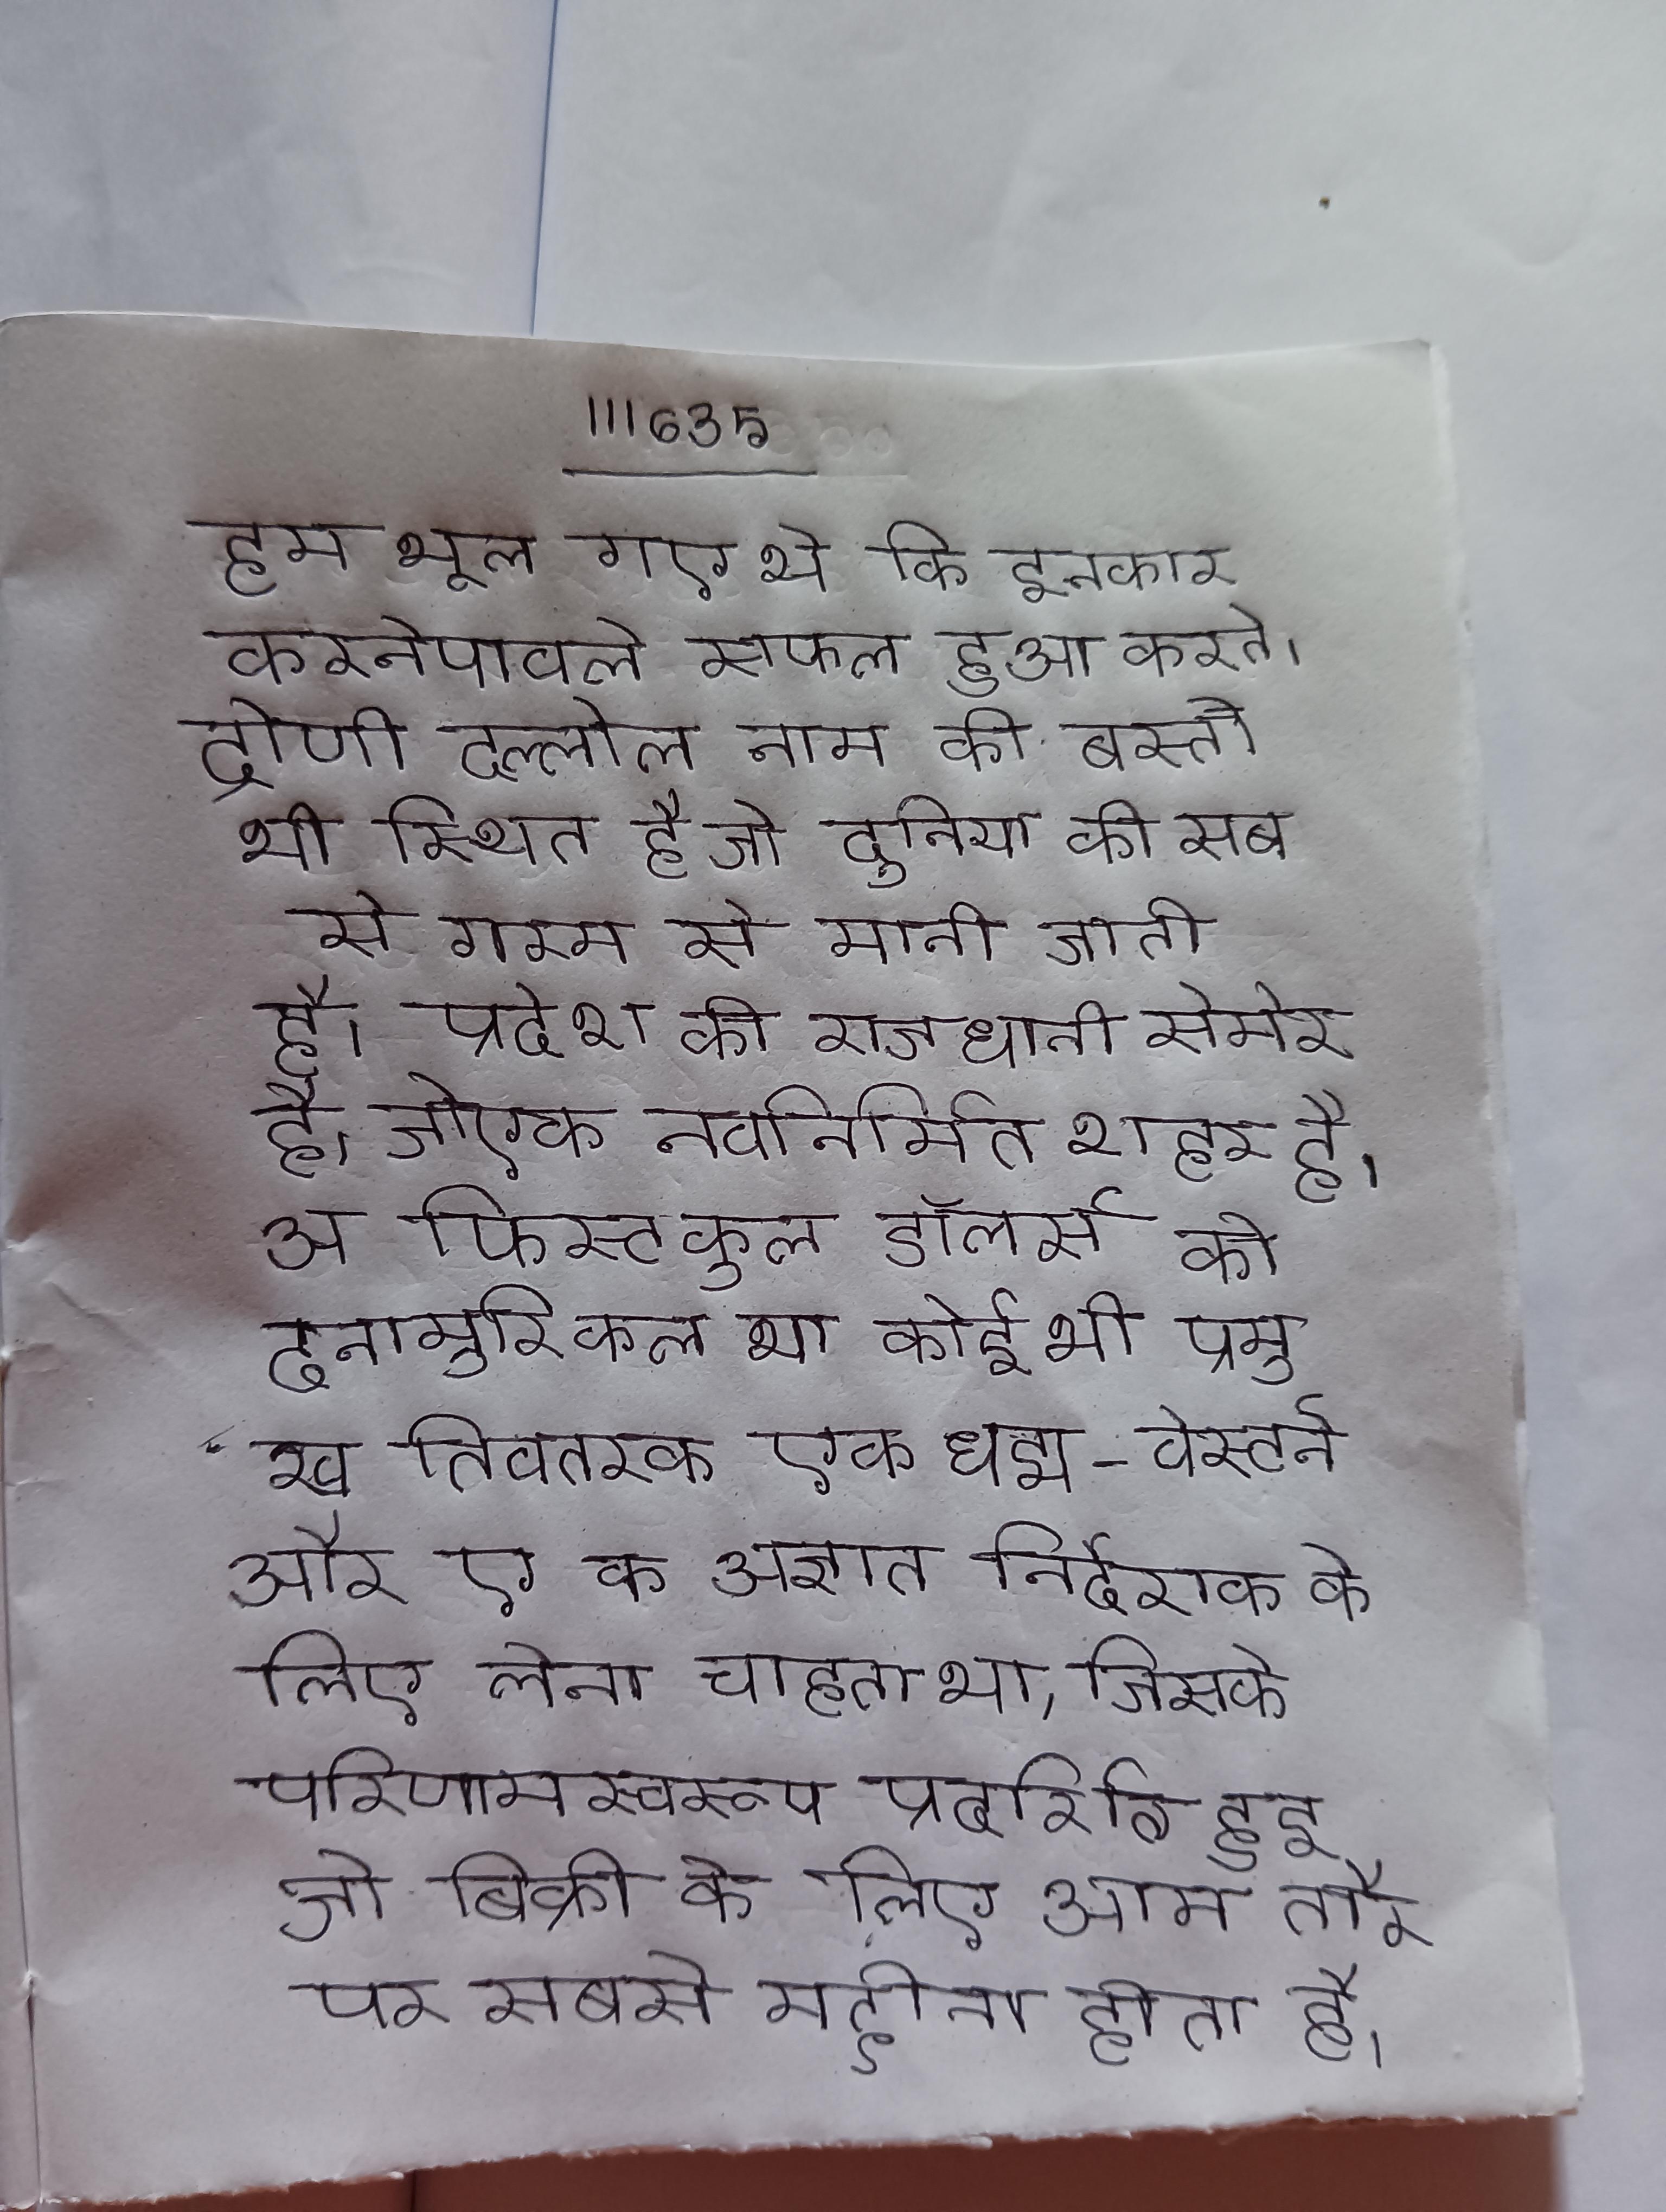
हम भूल गए थे कि इनकार करनेवाले सफल हुआ करते।" द्रोणी दल्लोल नाम की बस्ती भी स्थित है जो दुनिया की सब से गरम से मानी जाती है । प्रदेश की राजधानी सेमेरा है, जो एक नवनिर्मित शहर है । अ फिस्टफुल डॉलर्स को देना मुश्किल था कोई भी प्रमुख वितरक एक छद्म-वेस्टर्न और एक अज्ञात निर्देशक के लिए लेना चाहता था, जिसके परिणामस्वरूप प्रदर्शित हुई जो बिक्री के लिए आम तौर पर सबसे महीना होता है ।